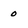
Character: o